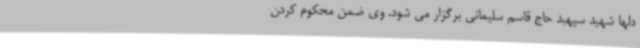
دلها شهید سپهبد حاج قاسم سلیمانی برگزار می شود. وی ضمن محکوم کردن